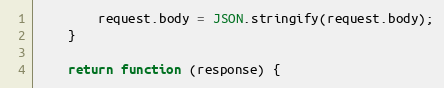
Language: JavaScript
        request.body = JSON.stringify(request.body);
    }

    return function (response) {